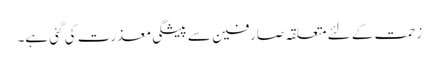
زحمت کے لئے متعلقہ صارفین سے پیشگی معذرت کی گئی ہے۔